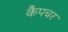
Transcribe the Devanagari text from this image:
कैपचर